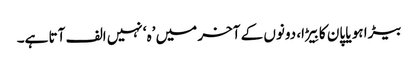
بیڑا ہو یا پان کا بِیڑا، دونوں کے آخر میں ’ہ‘ نہیں الف آتا ہے۔